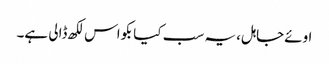
اوئےجاہل، یہ سب کیا بکواس لکھ ڈالی ہے۔